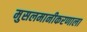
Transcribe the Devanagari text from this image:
मुसलमानीकरणाला